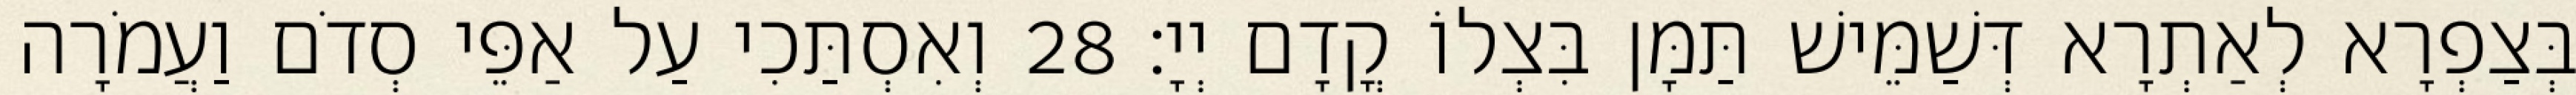
בְּצַפְרָא לְאַתְרָא דְּשַׁמֵּישׁ תַּמָּן בִּצְלוֹ קֳדָם יְיָ׃ 28 וְאִסְתַּכִי עַל אַפֵּי סְדֹם וַעֲמֹרָה